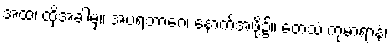
အထ၊ ထိုအခါမှ။ အပရဘာဂေ၊ နောက်အဖို့၌။ တေသံ ကုမာရာနံ၊